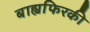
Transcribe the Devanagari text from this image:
बाह्यफिरकी